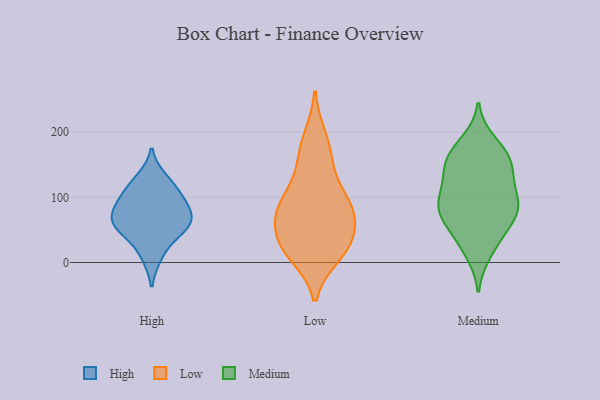
{"axis": {"x": "Satisfaction Score", "y": "Value"}, "legend": ["High", "Low", "Medium"], "data": [{"x": "", "y": 128, "type": "High"}, {"x": "", "y": 45, "type": "High"}, {"x": "", "y": 77, "type": "High"}, {"x": "", "y": 54, "type": "High"}, {"x": "", "y": 10, "type": "High"}, {"x": "", "y": 85, "type": "High"}, {"x": "", "y": 60, "type": "High"}, {"x": "", "y": 112, "type": "High"}, {"x": "", "y": 101, "type": "High"}, {"x": "", "y": 65, "type": "High"}, {"x": "", "y": 32, "type": "Low"}, {"x": "", "y": 90, "type": "Low"}, {"x": "", "y": 142, "type": "Low"}, {"x": "", "y": 92, "type": "Low"}, {"x": "", "y": 42, "type": "Low"}, {"x": "", "y": 164, "type": "Low"}, {"x": "", "y": 194, "type": "Low"}, {"x": "", "y": 93, "type": "Low"}, {"x": "", "y": 10, "type": "Low"}, {"x": "", "y": 11, "type": "Low"}, {"x": "", "y": 76, "type": "Low"}, {"x": "", "y": 33, "type": "Low"}, {"x": "", "y": 68, "type": "Low"}, {"x": "", "y": 106, "type": "Medium"}, {"x": "", "y": 84, "type": "Medium"}, {"x": "", "y": 140, "type": "Medium"}, {"x": "", "y": 14, "type": "Medium"}, {"x": "", "y": 92, "type": "Medium"}, {"x": "", "y": 161, "type": "Medium"}, {"x": "", "y": 52, "type": "Medium"}, {"x": "", "y": 137, "type": "Medium"}, {"x": "", "y": 47, "type": "Medium"}, {"x": "", "y": 133, "type": "Medium"}, {"x": "", "y": 186, "type": "Medium"}, {"x": "", "y": 82, "type": "Medium"}, {"x": "", "y": 103, "type": "Medium"}, {"x": "", "y": 24, "type": "Medium"}, {"x": "", "y": 70, "type": "Medium"}, {"x": "", "y": 74, "type": "Medium"}, {"x": "", "y": 158, "type": "Medium"}, {"x": "", "y": 88, "type": "Medium"}, {"x": "", "y": 175, "type": "Medium"}, {"x": "", "y": 159, "type": "Medium"}]}